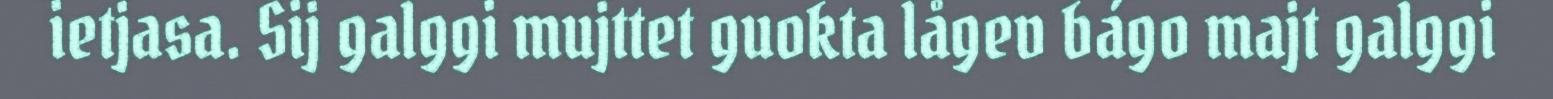
ietjasa. Sij galggi mujttet guokta lågev bágo majt galggi